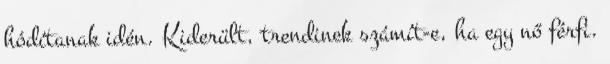
hódítanak idén. Kiderült, trendinek számít-e, ha egy nő férfi.